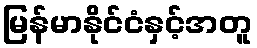
မြန်မာနိုင်ငံနှင့်အတူ